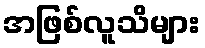
အဖြစ်လူသိများ